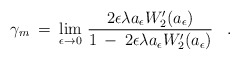
\begin{align*}\gamma_m \> = \> \lim_{\epsilon \rightarrow 0} \, {2 \epsilon \lambda a_{\epsilon} W_2'(a_{\epsilon}) \over1 \> - \> 2 \epsilon \lambda a_{\epsilon} W_2'(a_{\epsilon})}\;\;\;.\end{align*}